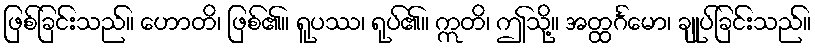
ဖြစ်ခြင်းသည်။ ဟောတိ၊ ဖြစ်၏။ ရူပဿ၊ ရုပ်၏။ ဣတိ၊ ဤသို့။ အတ္ထင်္ဂမော၊ ချုပ်ခြင်းသည်။